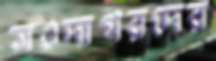
সওদাগরদের